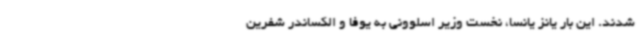
شدند. این بار یانز یانسا، نخست وزیر اسلوونی به یوفا و الکساندر شفرین